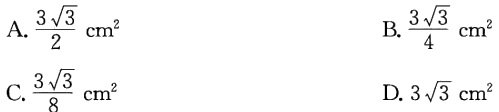
A. $\frac{3\sqrt{3}}{2}\text{ cm}^2$

B. $\frac{3\sqrt{3}}{4}\text{ cm}^2$

C. $\frac{3\sqrt{3}}{8}\text{ cm}^2$

D. $3\sqrt{3}\text{ cm}^2$